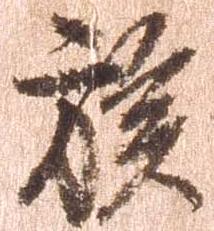
族